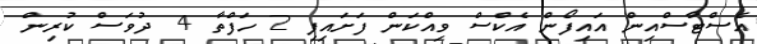
އެސްޓާސްއިން އައިފޯން އެކްސް ވިއްކަން ފަށައިފި 2 ހަފްތާ 4 ދުވަސް ކުރިން